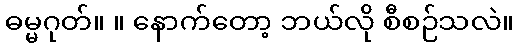
ဓမ္မဂုတ်။ ။ နောက်တော့ ဘယ်လို စီစဉ်သလဲ။